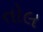
તોલ